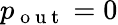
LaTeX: p_{\mathrm{~o~u~t~}}=0